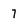
Character: 7